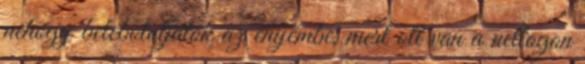
nehogy belebotoljatok az enyémbe, mert ott van a netlogon